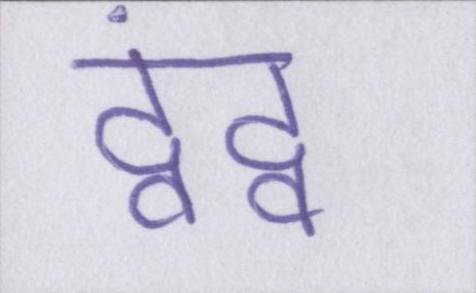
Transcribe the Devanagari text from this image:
द्वंद्व